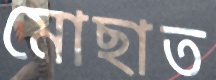
মোছাত